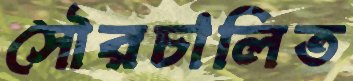
সৌরচালিত